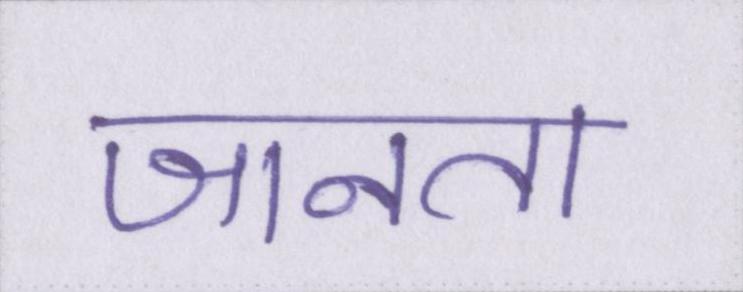
जानता